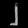
Digit: ၂